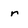
Character: r